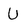
Character: U